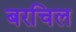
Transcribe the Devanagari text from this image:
बरचिल